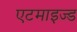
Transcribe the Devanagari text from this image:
एटमाइज्ड